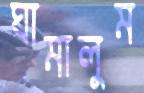
ঘামালুম